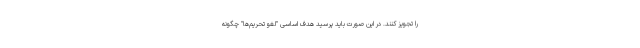
را تجویز کنند. در این صورت باید پرسید هدف اساسی "لغو تحریم‌ها" چگونه